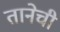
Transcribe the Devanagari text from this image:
तानेची